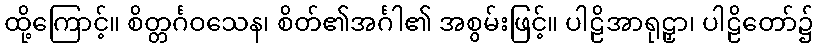
ထို့ကြောင့်။ စိတ္တင်္ဂဝသေန၊ စိတ်၏အင်္ဂါ၏ အစွမ်းဖြင့်။ ပါဠိအာရုဠှာ၊ ပါဠိတော်၌